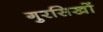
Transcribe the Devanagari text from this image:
गुरसिखों